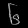
Digit: ၆